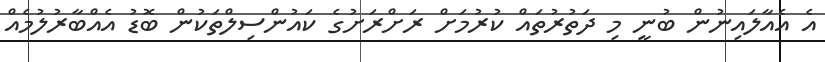
އެ އެއާލައިނުން ބުނީ މި ދަތުރުތައް ކުރުމަށް ރަށްރަށުގެ ކައުންސިލްތަކުން ބޮޑު އެއްބާރުލުމެއް